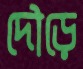
দৌড়ে